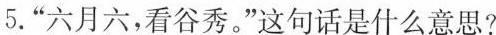
5.”六月六，看谷秀。”这句话是什么意思?